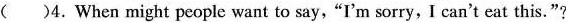
()4.When might people want to say,"I'm sorry, I can't eat this."?